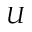
U